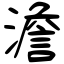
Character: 澹